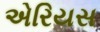
એરિયસ